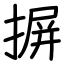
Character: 摒